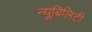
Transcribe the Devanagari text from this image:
न्यूबिलिटी